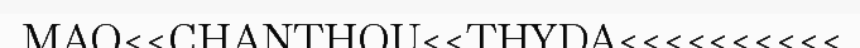
MAO<<CHANTHOU<<THYDA<<<<<<<<<<